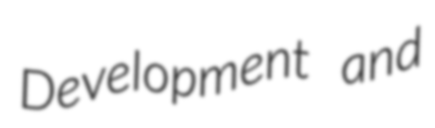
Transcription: Development and